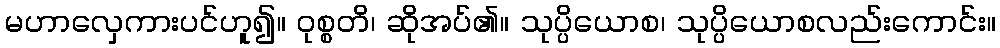
မဟာလှေကားပင်ဟူ၍။ ဝုစ္စတိ၊ ဆိုအပ်၏။ သုပ္ပိယောစ၊ သုပ္ပိယောစလည်းကောင်း။